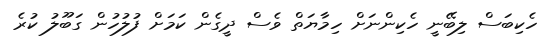
ހެކިބަސް ލިބޭނީ ހެކިންނަށް ހިމާޔަތް ވެސް ދީގެން ކަމަށް ފުލުހުން ގަބޫލު ކުރެ